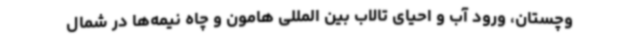
وچستان، ورود آب و احیای تالاب بین المللی هامون و چاه نیمه‌ها در شمال